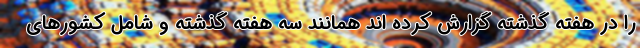
را در هفته گذشته گزارش کرده اند همانند سه هفته گذشته و شامل کشورهای